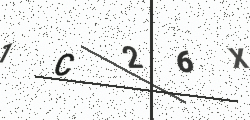
Text: 1C26X